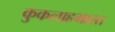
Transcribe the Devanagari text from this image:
कुकलाहभारत